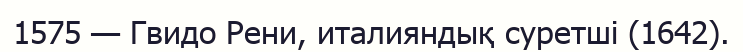
1575 — Гвидо Рени, италияндық суретші (1642).